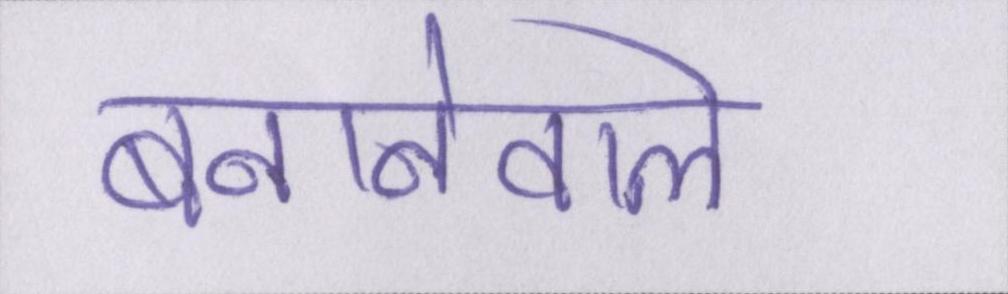
बनानेवाले